Indian journal of veterinary science and animal husbandry - Volume 14,
Year: 1944
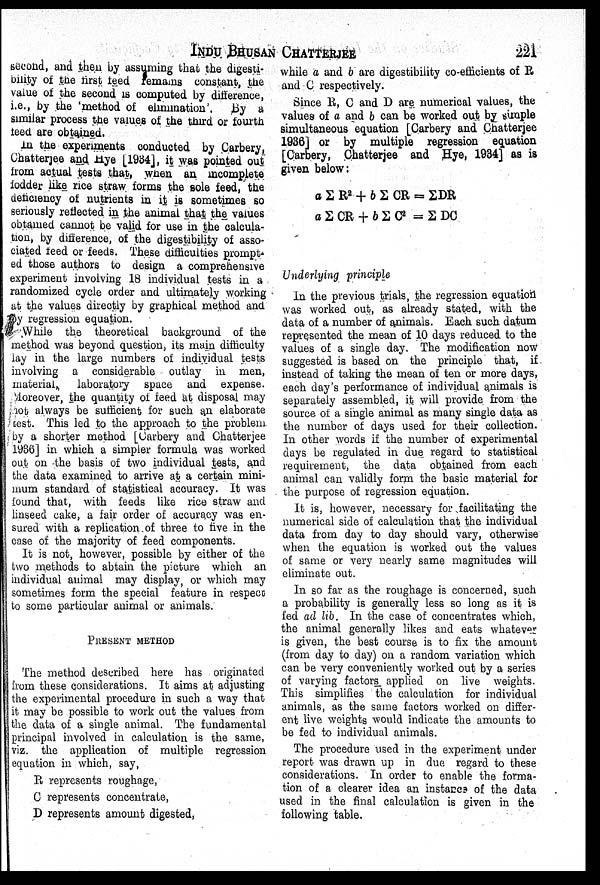
INDU
BHUSAN
CHATTERJEE
221
second, and then by assuming that the digesti
bility of the first feed remains constant, the
value of the second is computed by difference,
i.e., by the method of elimination'. By a
similar process the values of the third or fourth
feed are obtained.
In the experiments conducted by Carbery,
Chatterjee and Hye [1934], it was pointed out
from actual tests that, when an incomplete
fodder like rice straw forms the sole feed, the
deficiency of nutrients in it is sometimes so
seriously reflected in the animal that the values
obtained cannot be valid for use in the calcula
tion, by difference, of the digestibility of asso
ciated feed or feeds. These difficulties prompt
ed those authors to design a comprehensive
experiment involving 18 individual tests in a
randomized cycle order and ultimately working
at the values directly by graphical method and
by regression equation.
While the theoretical background of the
method was beyond question, its main difficulty
lay in the large numbers of individual tests
involving a considerable outlay in men,
material, laboratory space and expense.
Moreover, the quantity of feed at disposal may
not always be sufficient for such an elaborate
test. This led to the approach to the problem
by a shorter method [Carbery and Chatterjee
1936] in which a simpler formula was worked
out on the basis of two individual tests, and
the data examined to arrive at a certain mini
mum standard of statistical accuracy. It was
found that, with feeds like rice straw and
linseed cake, a fair order of accuracy was en
sured with a replication of three to five in the
case of the majority of feed components.
It is not, however, possible by either of the
two methods to abtain the picture which an
individual animal may display, or which may
sometimes form the special feature in respect
to some particular animal or animals.
PRESENT METHOD
The method described here has originated
from these considerations. It aims at adjusting
the experimental procedure in such a way that
it may be possible to work out the values from
the data of a single animal. The fundamental
principal involved in calculation is the same,
viz. the application of multiple regression
equation in which, say,
R represents roughage,
C represents concentrate,
D represents amount digested,
while a and b are digestibility co-efficients of R
and C respectively.
Since R, C and D are numerical values, the
values of a and b can be worked out by simple
simultaneous equation [Carbery and Chatterjee
1936] or by multiple regression equation
[Carbery, Chatterjee and Hye, 1934] as is
given below:
a Σ R 2 + b Σ CR = Σ DR
a Σ CR + b Σ C 2 = Σ DC
Underlying principle
In the previous trials, the regression equation
was worked out, as already stated, with the
data of a number of animals. Each such datum
represented the mean of 10 days reduced to the
values of a single day. The modification now
suggested is based on the principle that, if
instead of taking the mean of ten or more days,
each day's performance of individual animals is
separately assembled, it will provide from the
source of a single animal as many single data as
the number of days used for their collection.
In other words if the number of experimental
days be regulated in due regard to statistical
requirement, the data obtained from each
animal can validly form the basic material for
the purpose of regression equation.
It is, however, necessary for facilitating the
numerical side of calculation that the individual
data from day to day should vary, otherwise
when the equation is worked out the values
of same or very nearly same magnitudes will
eliminate out.
In so far as the roughage is concerned, such
a probability is generally less so long as it is
fed ad lib. In the case of concentrates which,
the animal generally likes and eats whatever
is given, the best course is to fix the amount
(from day to day) on a random variation which
can be very conveniently worked out by a series
of varying factors applied on live weights.
This simplifies the calculation for individual
animals, as the same factors worked on differ
ent live weights would indicate the amounts to
be fed to individual animals.
The procedure used in the experiment under
report was drawn up in due regard to these
considerations. In order to enable the forma
tion of a clearer idea an instance of the data
used in the final calculation is given in the
following table.